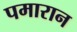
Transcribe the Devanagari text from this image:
पमारान